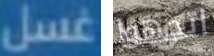
غسل اتجهوا